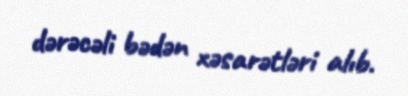
dərəcəli bədən xəsarətləri alıb.